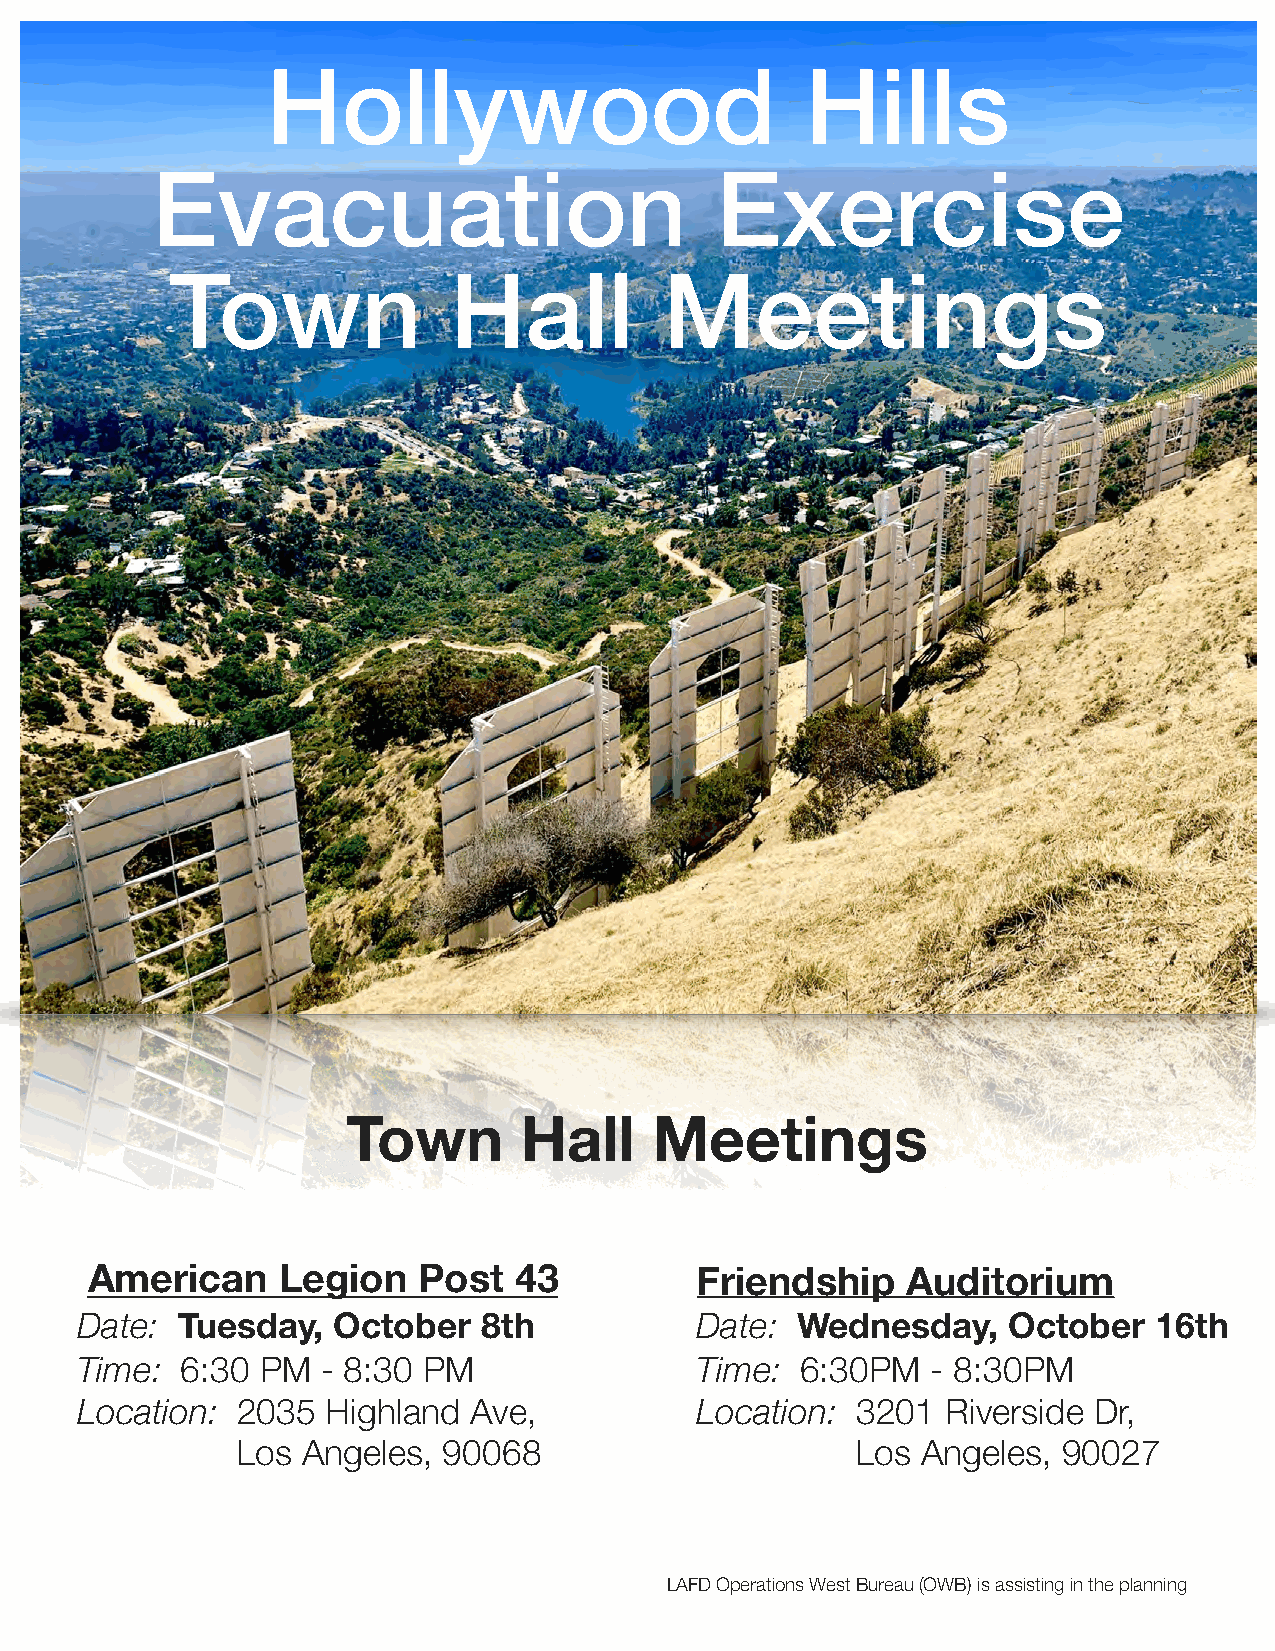
Hollywood                          Hills
 Evacuation                           Exercise
 Town               Hall          Meetings
 Town       Hall     Meetings
 American    Legion    Post  43          Friendship    Auditorium
 Date:  Tuesday,  October   8th           Date:  Wednesday,    October   16th
 Time:  6:30 PM  - 8:30 PM                Time:  6:30PM   - 8:30PM
 Location:  2035  Highland Ave,           Location:  3201  Riverside Dr,
 Los Angeles, 90068                       Los Angeles, 90027
 LAFD Operations West Bureau (OWB) is assisting in the planning